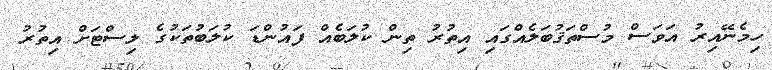
ހިމެނޭއިރު އަވަސް މުސްތަޤުބަލެއްގައި އިތުރު ތިން ކުލަބެއް ފައުންޑަ ކުލަބުތަކުގެ ލިސްޓަށް އިތުރު